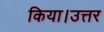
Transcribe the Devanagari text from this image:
किया।उत्तर